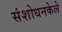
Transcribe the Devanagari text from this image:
संशोधनकेले